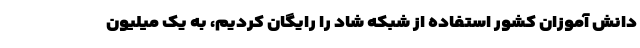
دانش آموزان کشور استفاده از شبکه شاد را رایگان کردیم، به یک میلیون